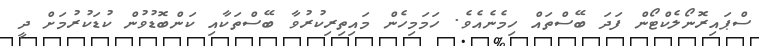
ސްޕައިރޮނޯލެކްޓޯން ފަދަ ބޭސްތައް ހިމެނެއެވެ. ހަމަމިހެން މައިތިރިކުރުވާ ބޭސްތަކާއި ކަންބޮޑުވުން ކުޑަކުރުމަށް ދީ